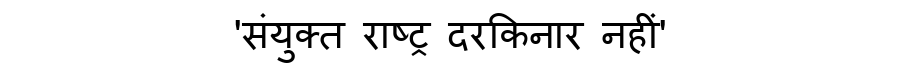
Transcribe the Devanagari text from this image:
'संयुक्त राष्ट्र दरकिनार नहीं'